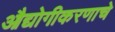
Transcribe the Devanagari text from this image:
औद्योगीकरणाचे